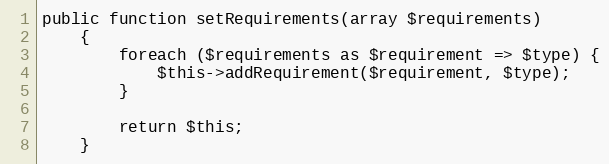
Language: PHP
public function setRequirements(array $requirements)
    {
        foreach ($requirements as $requirement => $type) {
            $this->addRequirement($requirement, $type);
        }

        return $this;
    }